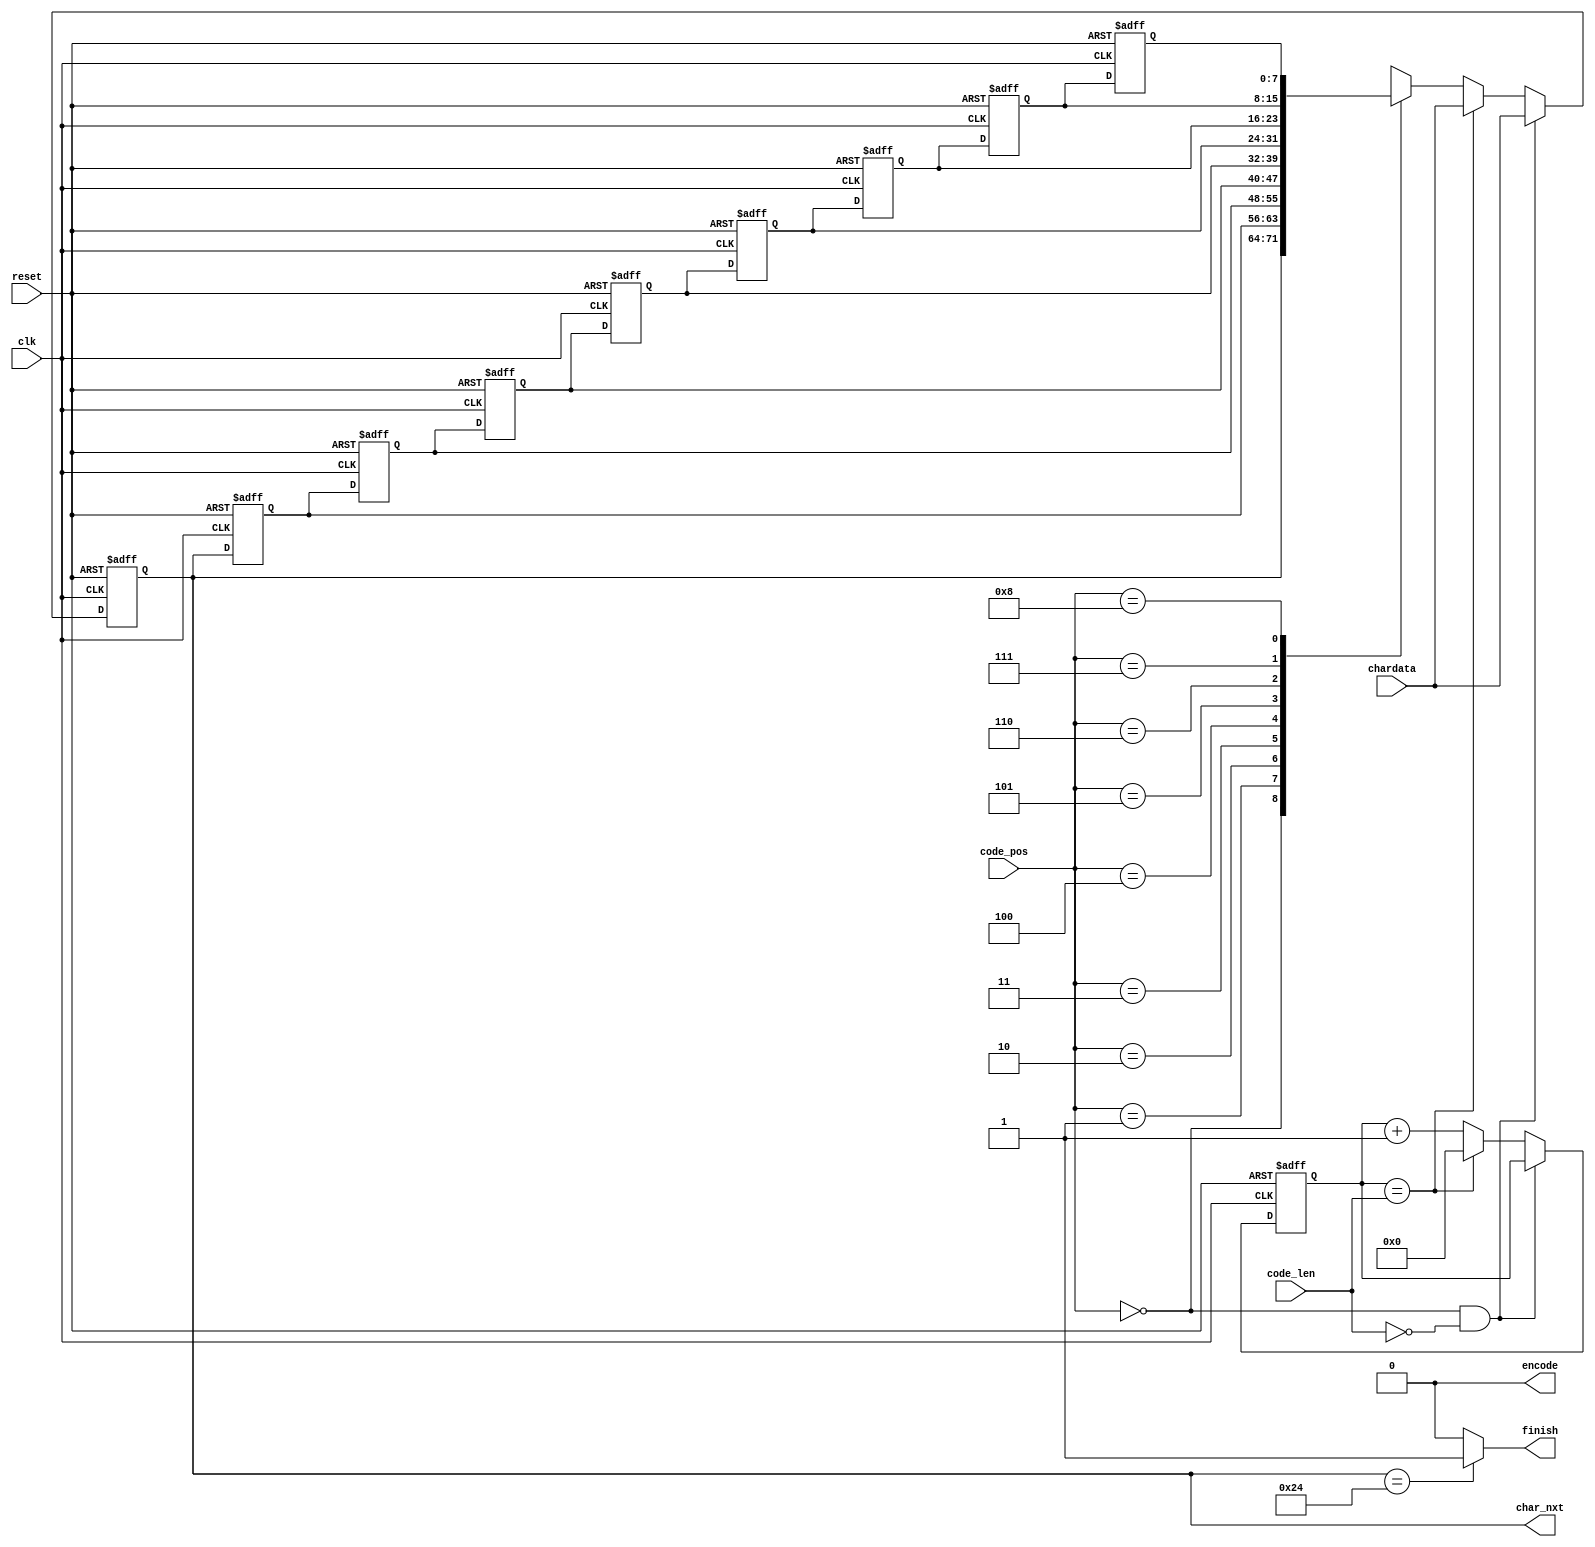
module LZ77_Decoder(clk,reset,code_pos,code_len,chardata,encode,finish,char_nxt);

input 				clk;
input 				reset;
input 		[3:0] 	code_pos;
input 		[2:0] 	code_len;
input 		[7:0] 	chardata;
output  			encode;
output  			finish;
output 	 	[7:0] 	char_nxt;

reg [7:0]search_buf[0:8];
reg [3:0]counter;

integer i;

assign encode = 0;
assign finish = (search_buf[0] == 8'h24) ? 1'd1 : 0;
assign char_nxt = search_buf[0]; 

always@(posedge clk or posedge reset)begin
    if(reset)begin
		counter <= 4'd0;
		for(i=0;i<9;i=i+1)
			search_buf[i] <= 8'h0;
    end
    else begin
		if(code_pos == 0 && code_len == 0)
			search_buf[0] <= chardata;
		else if(counter == code_len)begin
			search_buf[0] <= chardata;
			counter <= 0;
		end
		else begin
			search_buf[0] <= search_buf[code_pos]; 
			counter <= counter + 4'd1;			
		end
		
		search_buf[1] <= search_buf[0];
		search_buf[2] <= search_buf[1];
		search_buf[3] <= search_buf[2];
		search_buf[4] <= search_buf[3];
		search_buf[5] <= search_buf[4];
		search_buf[6] <= search_buf[5];
		search_buf[7] <= search_buf[6];
		search_buf[8] <= search_buf[7];
	end
end

endmodule